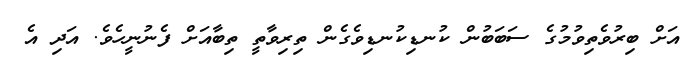
އަށް ބިރުވެތިވުމުގެ ސަބަބުން ކުނޑިކުނޑިވެގެން ތިރިވާތީ ތިބާއަށް ފެނުނީހެވެ. އަދި އެ